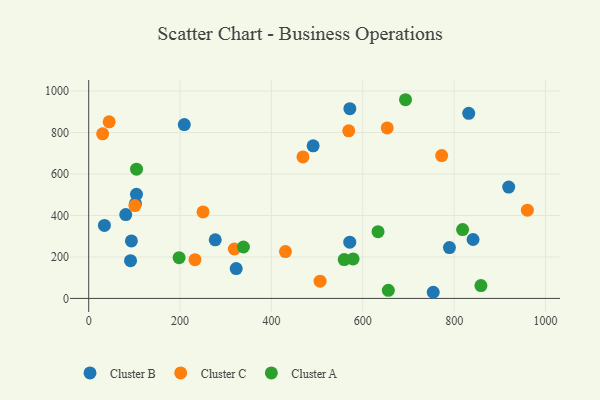
{"axis": {"x": "Investment", "y": "Exam Score"}, "legend": ["Cluster A", "Cluster B", "Cluster C"], "data": [{"x": "102.3", "y": 457.7, "type": "Cluster B"}, {"x": "571.5", "y": 271.3, "type": "Cluster B"}, {"x": "322.9", "y": 143.8, "type": "Cluster B"}, {"x": "93.5", "y": 277.2, "type": "Cluster B"}, {"x": "209.3", "y": 838.4, "type": "Cluster B"}, {"x": "919.4", "y": 536.9, "type": "Cluster B"}, {"x": "81.1", "y": 404.2, "type": "Cluster B"}, {"x": "841.4", "y": 284.1, "type": "Cluster B"}, {"x": "789.7", "y": 245.3, "type": "Cluster B"}, {"x": "571.7", "y": 915.2, "type": "Cluster B"}, {"x": "91.6", "y": 182.2, "type": "Cluster B"}, {"x": "831.9", "y": 892.6, "type": "Cluster B"}, {"x": "34.4", "y": 351.9, "type": "Cluster B"}, {"x": "491.3", "y": 736.1, "type": "Cluster B"}, {"x": "754.2", "y": 29.6, "type": "Cluster B"}, {"x": "277.0", "y": 282.6, "type": "Cluster B"}, {"x": "104.6", "y": 502.2, "type": "Cluster B"}, {"x": "30.5", "y": 793.6, "type": "Cluster C"}, {"x": "469.0", "y": 682.3, "type": "Cluster C"}, {"x": "653.5", "y": 822.0, "type": "Cluster C"}, {"x": "232.6", "y": 186.8, "type": "Cluster C"}, {"x": "430.7", "y": 226.1, "type": "Cluster C"}, {"x": "250.3", "y": 417.2, "type": "Cluster C"}, {"x": "44.8", "y": 851.5, "type": "Cluster C"}, {"x": "960.3", "y": 425.6, "type": "Cluster C"}, {"x": "506.5", "y": 83.2, "type": "Cluster C"}, {"x": "318.9", "y": 238.4, "type": "Cluster C"}, {"x": "101.1", "y": 447.9, "type": "Cluster C"}, {"x": "569.2", "y": 808.4, "type": "Cluster C"}, {"x": "772.7", "y": 689.0, "type": "Cluster C"}, {"x": "338.7", "y": 248.0, "type": "Cluster A"}, {"x": "197.9", "y": 196.7, "type": "Cluster A"}, {"x": "693.5", "y": 958.2, "type": "Cluster A"}, {"x": "818.5", "y": 332.0, "type": "Cluster A"}, {"x": "559.3", "y": 187.3, "type": "Cluster A"}, {"x": "104.7", "y": 623.1, "type": "Cluster A"}, {"x": "633.4", "y": 321.9, "type": "Cluster A"}, {"x": "578.8", "y": 190.4, "type": "Cluster A"}, {"x": "858.6", "y": 61.8, "type": "Cluster A"}, {"x": "655.9", "y": 39.0, "type": "Cluster A"}]}